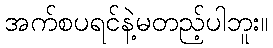
အက်စပရင်နဲ့မတည့်ပါဘူး။